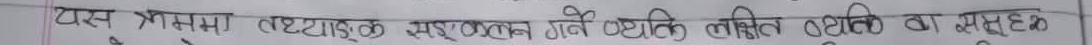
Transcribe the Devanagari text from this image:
यस क्रममा तथ्याङ्क सङ्कलन गर्ने व्यक्ति लक्षित व्यक्तिको समूह हो।